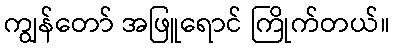
ကျွန်တော် အဖြူရောင် ကြိုက်တယ်။